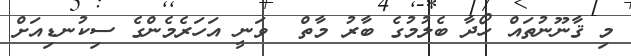
މި ޤާނޫނުތައް ހޯދާ ބެލުމުގެ ބާރު މާތް  ވަނީ އަހަރެމެންގެ ސިކުނޑިއަށް